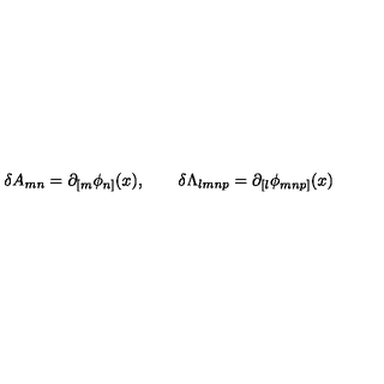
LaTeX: \delta A _ { m n } = \partial _ { [ m } \phi _ { n ] } ( x ) , \qquad \delta \Lambda _ { l m n p } = \partial _ { [ l } \phi _ { m n p ] } ( x )